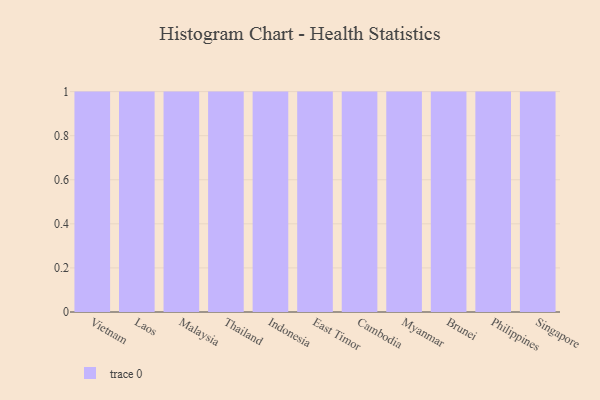
{"axis": {"x": "Country", "y": "Production Output"}, "legend": [""], "data": [{"x": "Vietnam", "y": 64, "type": ""}, {"x": "Laos", "y": 14, "type": ""}, {"x": "Malaysia", "y": 37, "type": ""}, {"x": "Thailand", "y": 26, "type": ""}, {"x": "Indonesia", "y": 59, "type": ""}, {"x": "East Timor", "y": 80, "type": ""}, {"x": "Cambodia", "y": 44, "type": ""}, {"x": "Myanmar", "y": 20, "type": ""}, {"x": "Brunei", "y": 68, "type": ""}, {"x": "Philippines", "y": 84, "type": ""}, {"x": "Singapore", "y": 72, "type": ""}]}